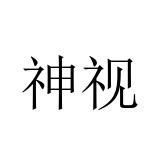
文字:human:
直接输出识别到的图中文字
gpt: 神视